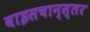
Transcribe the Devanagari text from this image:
वाइसचान्स्लर